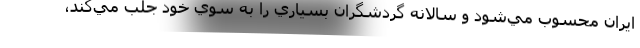
ايران محسوب مي‌شود و سالانه گردشگران بسياري را به سوي خود جلب مي‌كند،